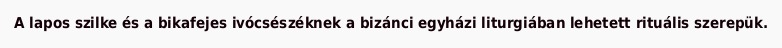
A lapos szilke és a bikafejes ivócsészéknek a bizánci egyházi liturgiában lehetett rituális szerepük.